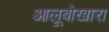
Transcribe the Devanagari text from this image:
आलूबोखारा